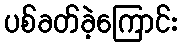
ပစ်ခတ်ခဲ့ကြောင်း